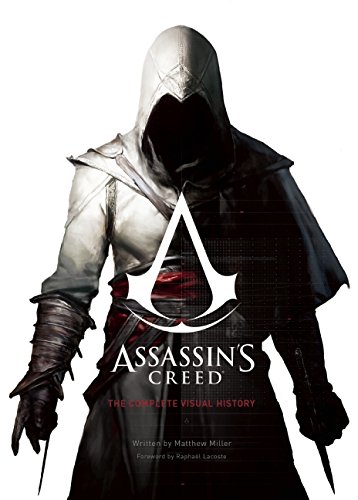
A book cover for Assassin's Creed: The Complete Visual History; Matthew Miller; Science Fiction & Fantasy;